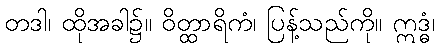
တဒါ၊ ထိုအခါ၌။ ဝိတ္ထာရိကံ၊ ပြန့်သည်ကို။ ဣဒ္ဓံ၊